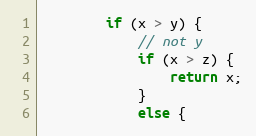
Language: Java
        if (x > y) {
            // not y
            if (x > z) {
                return x;
            }
            else {